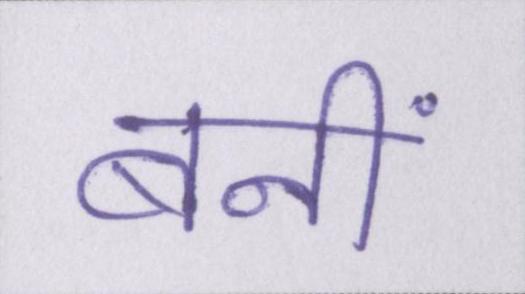
बनीं